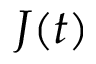
J ( t )